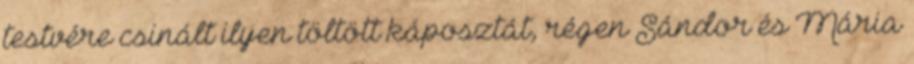
testvére csinált ilyen töltött káposztát, régen Sándor és Mária